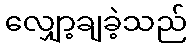
လျှော့ချခဲ့သည်